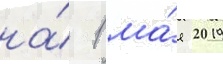
на́ 1 ма́я 2019